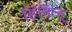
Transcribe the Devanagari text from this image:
हिमित्सू